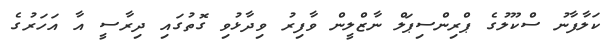
ކަލާފާނު ސްކޫލުގެ ޕްރިންސިޕަލް ނާޒްލީން ވާފިރު ވިދާޅުވި ގޮތުގައި ދިރާސީ އާ އަހަރުގެ